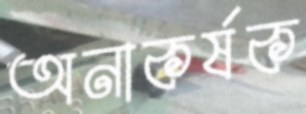
অনাকর্ষক